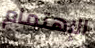
الإهتمام